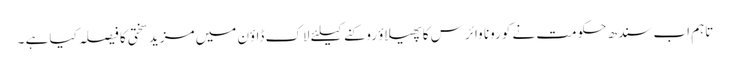
تاہم اب سندھ حکومت نے کورونا وائرس کا پھیلاؤ روکنے کیلئے لاک ڈاؤن میں مزید سختی کا فیصلہ کیا ہے ۔